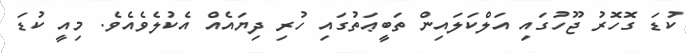
ކުޑަ ގޮހޮރު ޖޫހުގައި އަލްކަލައިން ތަބީޢަތުގައި ހުރި ދިޔައެއް އެކުލެވެއެވެ. މިއީ ކުޑަ